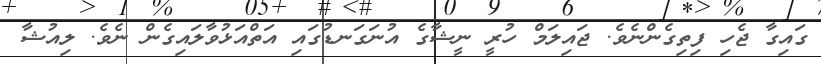
ގައިގާ ޖެހި ފިތިގެންނެވެ. ޖައިލަމް ހުރީ ނީޝާގެ އުނަގަނޑުގައި އަތްއަޅުވާލައިގެން ނެވެ. ލިއުޝާ